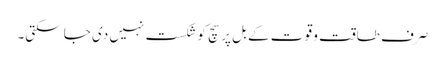
صرف طاقت و قو ت کے بل پر سچ کو شکست نہیں دی جا سکتی۔